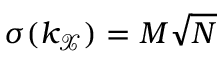
\sigma ( k _ { \mathcal { X } } ) = M \sqrt { N }